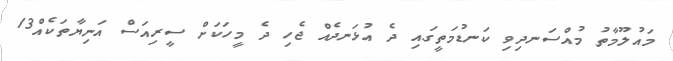
މައުލޫމާތު މުއްސަނދިވި ކަނޑުމަތީގައި ދެ އުޅަނދެއް ޖެހި ދެ މީހަކަށް ސީރިއަސް އަނިޔާތަކެއް13